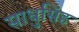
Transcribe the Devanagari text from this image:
साधुसिंह